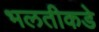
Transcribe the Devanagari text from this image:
भलतीकडे